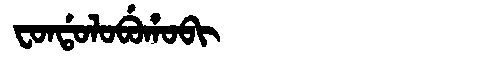
Manchu: ᠸᠣᠨᡩᠣᠯᠣᠪᡠᡥᠣᠪᡳ
Romanization: FONDOLOBUHOBI